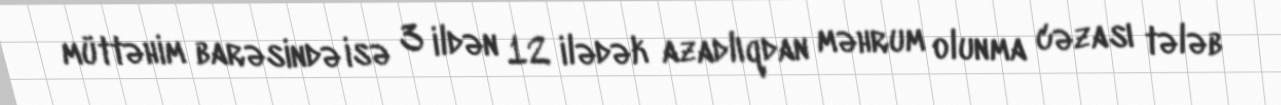
müttəhim barəsində isə 3 ildən 12 ilədək azadlıqdan məhrum olunma cəzası tələb